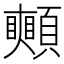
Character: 𩕦